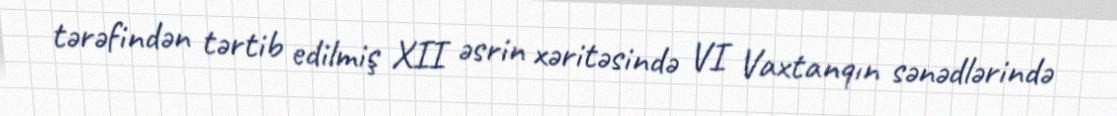
tərəfindən tərtib edilmiş XII əsrin xəritəsində VI Vaxtanqın sənədlərində